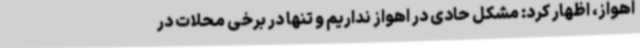
اهواز، اظهار کرد: مشکل حادی در اهواز نداریم و تنها در برخی محلات در